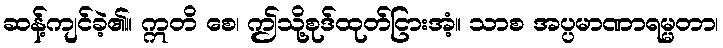
ဆန့်ကျင်ခဲ့၏။ ဣတိ စေ၊ ဤသို့စုဒ်ထုတ်ငြားအံ့။ သာစ အပ္ပမာဏာရမ္မတာ၊